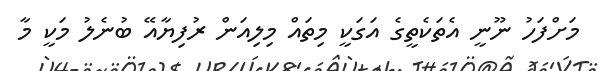
މަށްފަހު ނޫނީ އެތަކެތީގެ އަގަކީ މިތައް މިލިއަން ރުފިޔާއޭ ބުނެލު މަކީ މާ